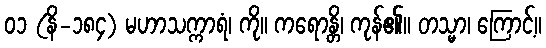
၀၁ (နိ-၁၈၄) မဟာသက္ကာရံ၊ ကို။ ကရောန္တိ၊ ကုန်၏။ တသ္မာ၊ ကြောင့်။